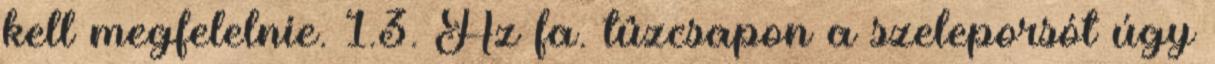
kell megfelelnie. 1.3. Az fa. tûzcsapon a szeleporsót úgy